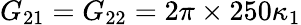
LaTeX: G_{21}=G_{22}=2\pi\times 250\kappa_{1}